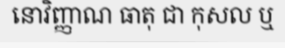
នោវិញ្ញាណ ធាតុ ជា កុសល ឬ